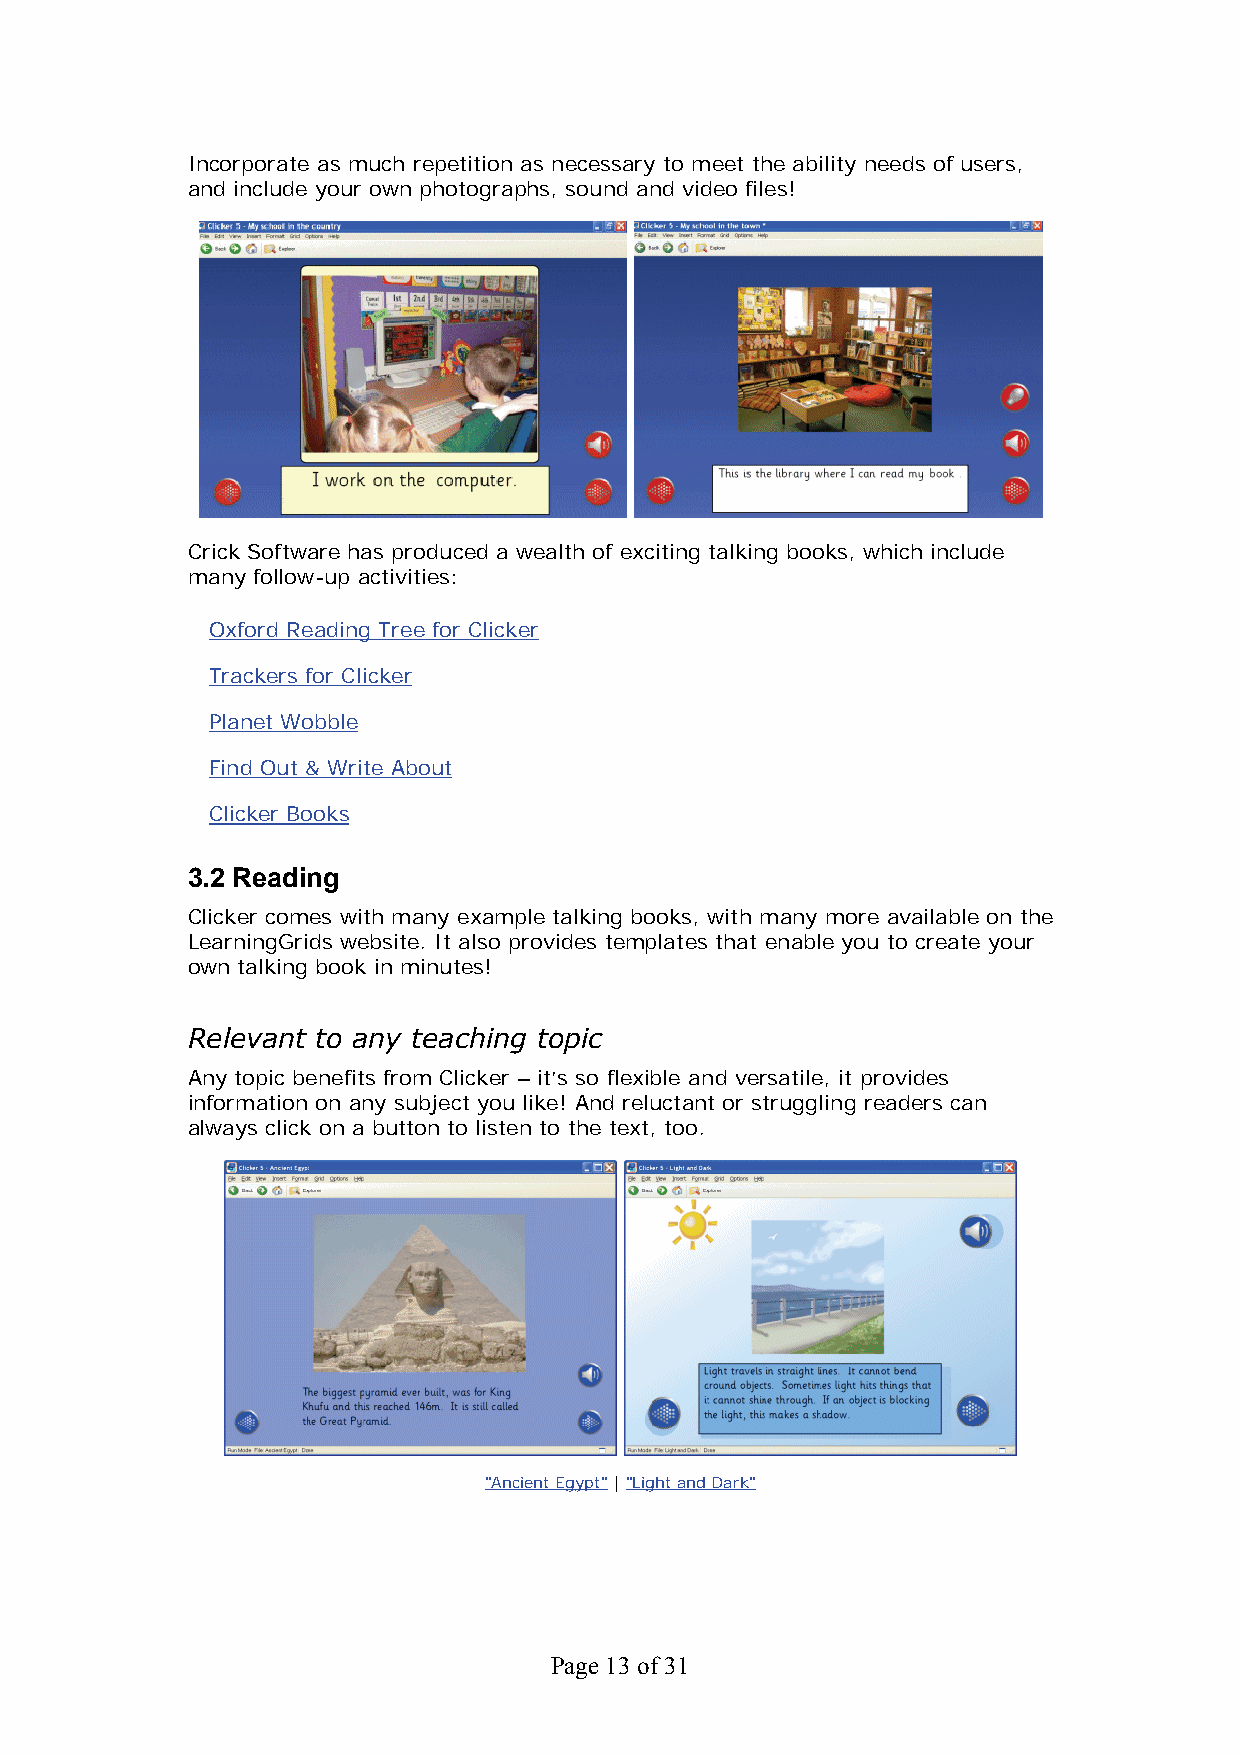
Incorporate as much repetition as necessary to meet the ability needs of users,
 and include your own photographs, sound and video files!
 Crick Software has produced a wealth of exciting talking books, which include
 many follow-up activities:
 Oxford Reading Tree for Clicker
 Trackers for Clicker
 Planet Wobble
 Find Out & Write About
 Clicker Books
 3.2 Reading
 Clicker comes with many example talking books, with many more available on the
 LearningGrids website. It also provides templates that enable you to create your
 own talking book in minutes!
 Relevant to any teaching topic
 Any topic benefits from Clicker – it’s so flexible and versatile, it provides
 information on any subject you like! And reluctant or struggling readers can
 always click on a button to listen to the text, too.
 "Ancient Egypt" | "Light and Dark"
 Page 13 of 31